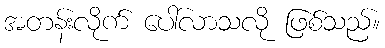
အတန်းလိုက် ပေါ်လာသလို ဖြစ်သည်။